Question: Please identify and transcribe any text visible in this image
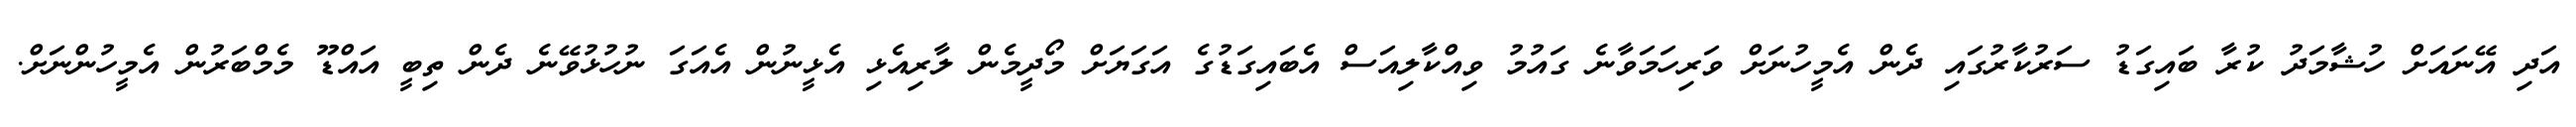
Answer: އަދި އޭނައަށް ހުޝާމަދު ކުރާ ބައިގަޑު ސަރުކާރުގައި ދެން އެމީހުނަށް ވަރިހަމަވާނެ ގައުމު ވިއްކާލިއަސް އެބައިގަޑުގެ އަގަޔަށް މޯދީމެން ލާރިއެޅި އެޅީނުން އެއަގަ ނުހުޅުވޭނެ ދެން ތިބީ އައްޑޫ މެމްބަރުން އެމީހުންނަށް.